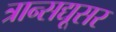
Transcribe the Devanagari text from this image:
त्रान्सद्यूसर